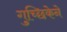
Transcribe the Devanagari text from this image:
गुच्छिकेने